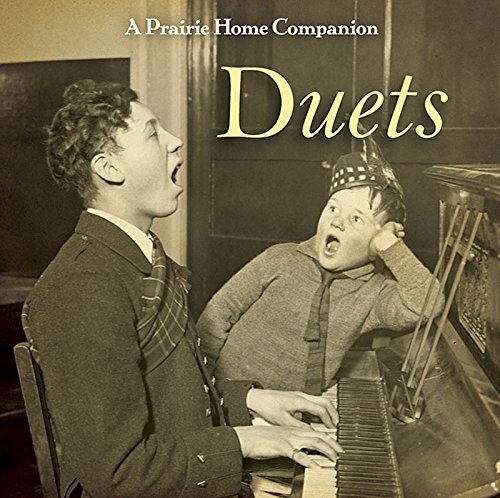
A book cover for A Prairie Home Companion Duets; Garrison Keillor; Humor & Entertainment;